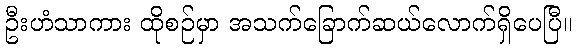
ဦးဟံသာကား ထိုစဉ်မှာ အသက်ခြောက်ဆယ်လောက်ရှိပေပြီ။